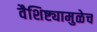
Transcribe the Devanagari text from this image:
वैशिष्ट्यामुळेच